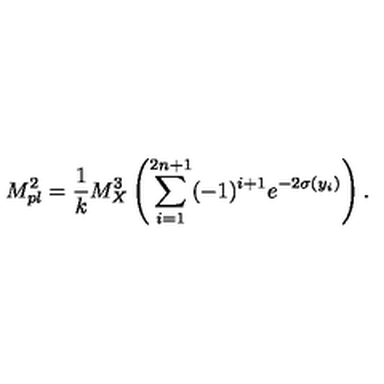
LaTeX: M _ { p l } ^ { 2 } = { \frac { 1 } { k } } M _ { X } ^ { 3 } \left( \sum _ { i = 1 } ^ { 2 n + 1 } ( - 1 ) ^ { i + 1 } e ^ { - 2 \sigma ( y _ { i } ) } \right) . \,